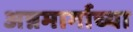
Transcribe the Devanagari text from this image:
अन्नमार्गाच्या